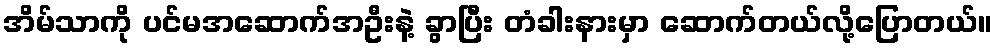
အိမ်သာကို ပင်မအဆောက်အဦးနဲ့ ခွာပြီး တံခါးနားမှာ ဆောက်တယ်လို့ပြောတယ်။